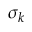
\sigma _ { k }